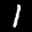
Label: 1